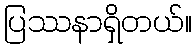
ပြဿနာရှိတယ်။